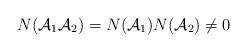
LaTeX: \begin{align*}N({\cal A}_{1} {\cal A}_{2})= N({\cal A}_{1})N({\cal A}_{2})\neq 0\end{align*}